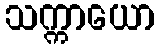
သက္ကာယော